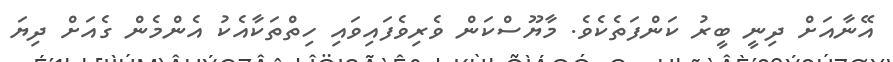
އޭނާއަށް ދިނީ ބީރު ކަންފަތެކެވެ. މާޔޫސްކަން ވެރިވެފައިވައި ހިތްތަކާއެކު އެންމެން ގެއަށް ދިޔަ